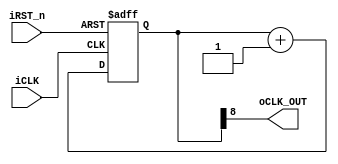
// ============================================================================
// Copyright (c) 2012 by Terasic Technologies Inc.
// ============================================================================
//
// Permission:
//
// Terasic grants permission to use and modify this code for use
// in synthesis for all Terasic Development Boards and Altera Development
// Kits made by Terasic. Other use of this code, including the selling
// ,duplication, or modification of any portion is strictly prohibited.
//
// Disclaimer:
//
// This VHDL/Verilog or C/C++ source code is intended as a design reference
// which illustrates how these types of functions can be implemented.
// It is the user's responsibility to verify their design for
// consistency and functionality through the use of formal
// verification methods. Terasic provides no warranty regarding the use
// or functionality of this code.
//
// ============================================================================
//
// Terasic Technologies Inc
// 356 Fu-Shin E. Rd Sec. 1. JhuBei City,
// HsinChu County, Taiwan
// 302
//
// web: http://www.terasic.com/
//
// ============================================================================
// Major Functions: This function is used for generating  I2C clock .
//
//
// ============================================================================
// Design Description:
//
//
//
//
// ===========================================================================
// Revision History :
// ============================================================================
// Ver :| Author :| Mod. Date :| Changes Made:
// V1.0 :| Johnny Fan :| 11/09/30 :| Initial Version
// ============================================================================

`define DIV_WITDH 9

module clock_divider(
iCLK,
iRST_n,
oCLK_OUT,
);

input iCLK;
input iRST_n;
output oCLK_OUT;

reg [`DIV_WITDH-1:0] clk_cnt;


always@(posedge iCLK or negedge iRST_n)	
	begin	
		if (!iRST_n)
			clk_cnt <= 0;
		else	
			clk_cnt <= clk_cnt + 1;
	end

assign oCLK_OUT = clk_cnt[`DIV_WITDH-1];


endmodule